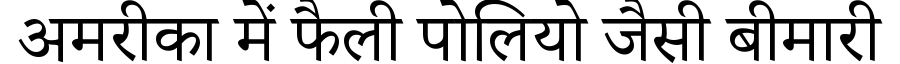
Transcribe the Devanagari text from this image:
अमरीका में फैली पोलियो जैसी बीमारी